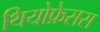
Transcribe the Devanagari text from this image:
थियोफ्रेसस